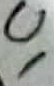
Text: U1